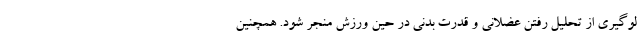
لوگیری از تحلیل رفتن عضلانی و قدرت بدنی در حین ورزش منجر شود. همچنین